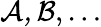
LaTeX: {\mathcal{A,B}},\ldots